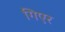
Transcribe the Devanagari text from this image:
गिएर